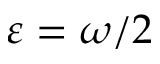
\varepsilon = \omega / 2